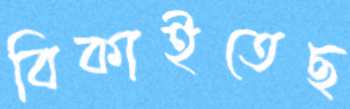
বিকাইতেছ